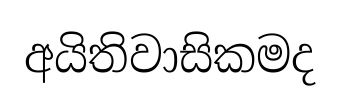
අයිතිවාසිකමද